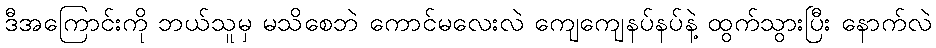
ဒီအကြောင်းကို ဘယ်သူမှ မသိစေဘဲ ကောင်မလေးလဲ ကျေကျေနပ်နပ်နဲ့ ထွက်သွားပြီး နောက်လဲ